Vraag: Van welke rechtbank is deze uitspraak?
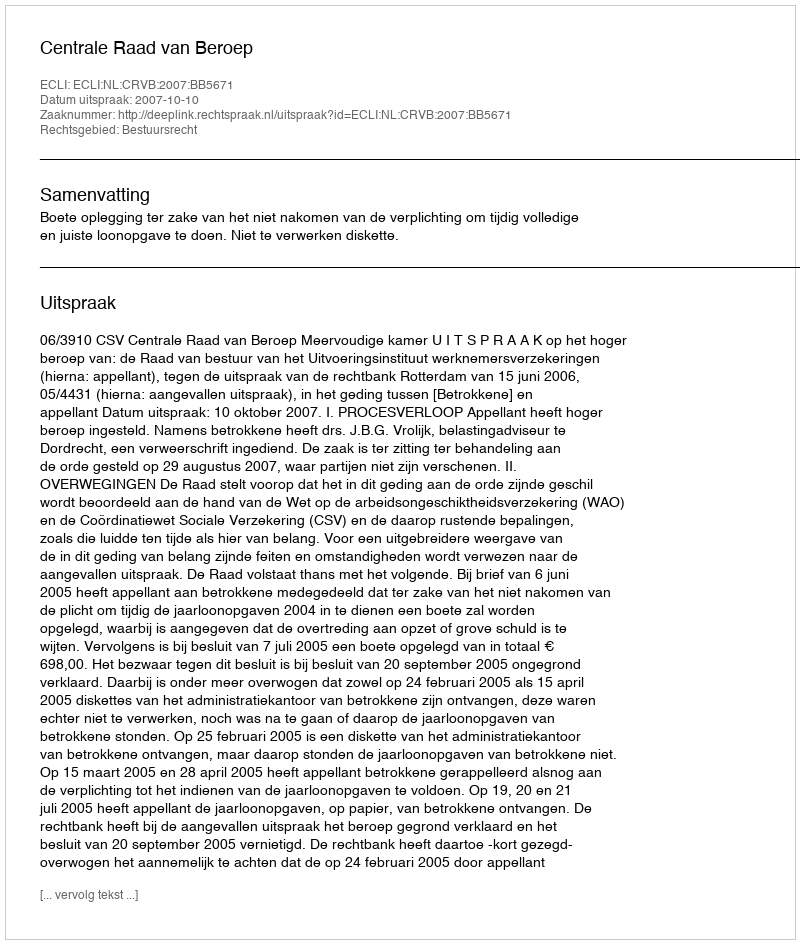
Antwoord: Centrale Raad van Beroep